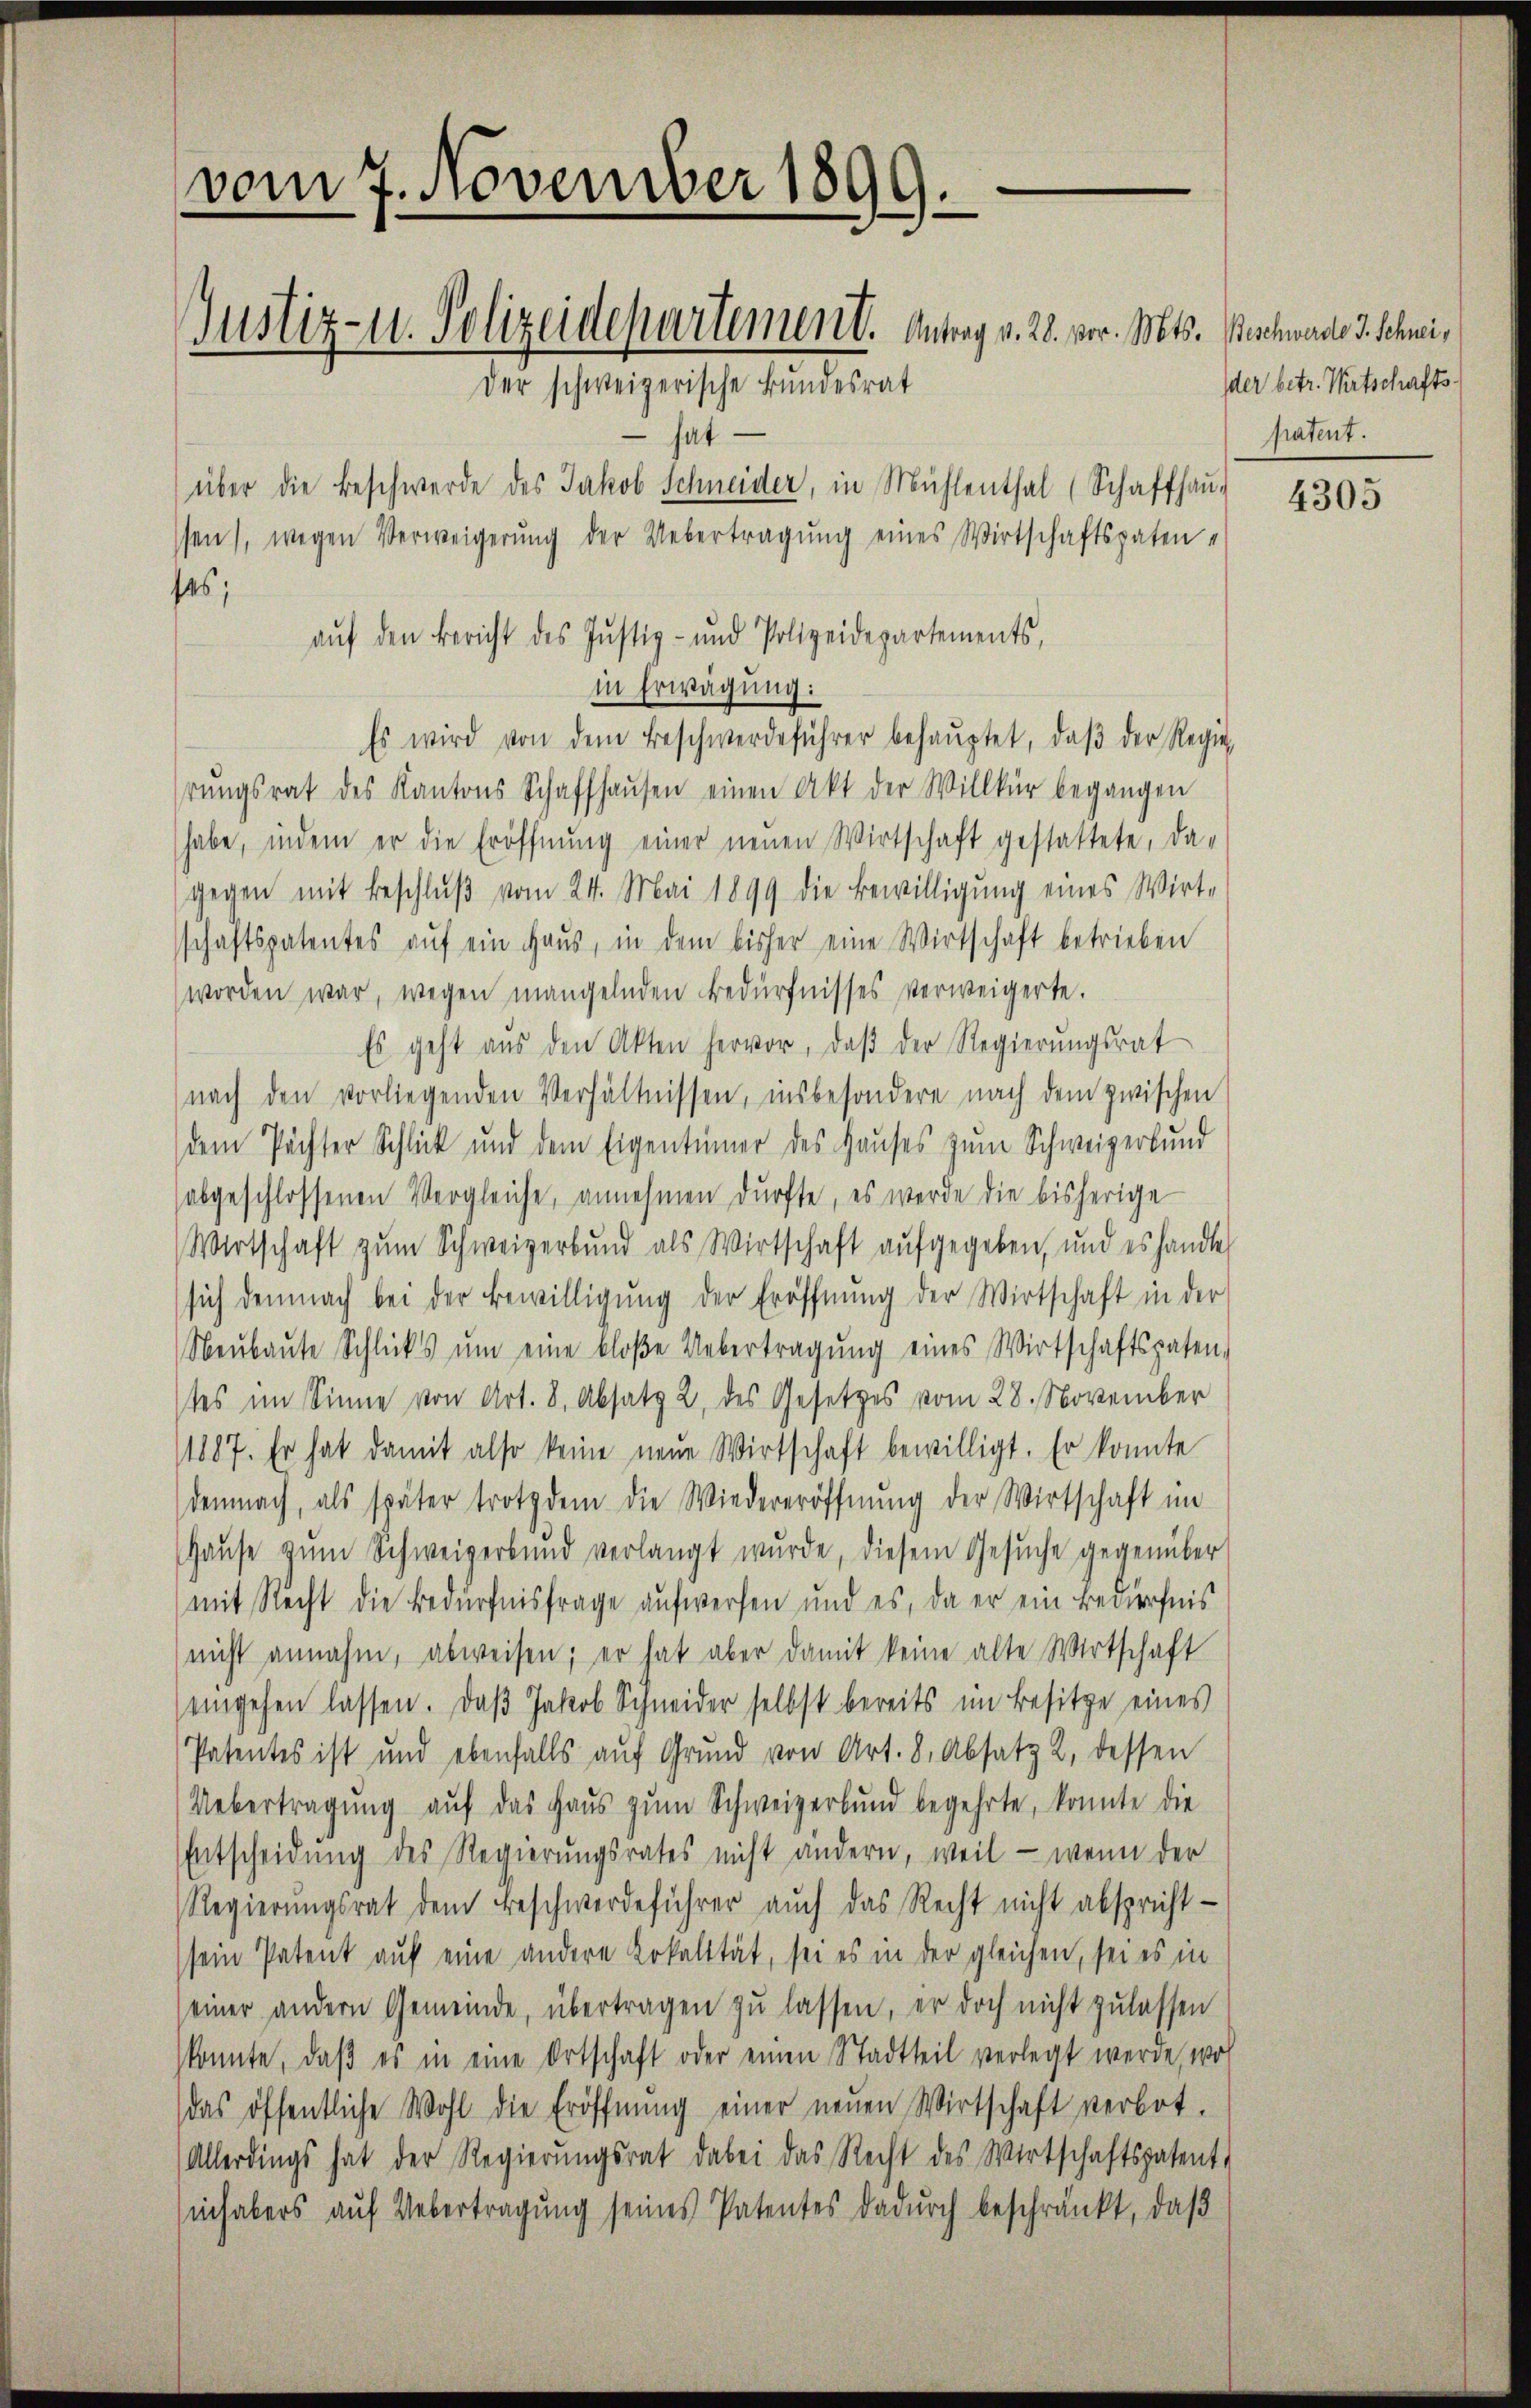
vom 7. November 1899.
Justiz- u. Polizeidepartement. Antrag v. 28. vor. Mts. Beschwade 3. Schnei¬
Der schweizerische Bundesrat

hat
in Erwägung:
Es wird von dem Beschwerdeführer behaŭptet, daβ der Regie
rŭngsrat des Kantons Schaffhaŭsen einen Akt der Willkür begangen
habe, indem er die Eröffnŭng einer neŭen Wirtschaft gestattete, da-
gegen mit Beschluß vom 24. Mai 1899 die Bewilligung eines Wirt-
schaftspatentes auf ein Haus, in dem bisher eine Wirtschaft betrieben
worden war, wegen mangelnden Bedürfnisses verweigerte.
Es geht aŭs den Akten hervor, daβ der Regierŭngsrat
nach den vorliegenden Verhältnissen, insbesondere nach dem zwischen
dem Pächter Schlick und dem Eigentümer des Haŭses zŭm Schweizerbŭnd
abgeschlossenen Vergleiche, annehmen dürfte, es werde die bisherige
Wirtschaft zum Schweizerbund als Wirtschaft aufgegeben, und es handle
sich demnach bei der Bewilligŭng der Eröffnŭng der Wirtschaft in der
Neŭbaŭte Schlicks ŭm eine bloße Uebertragung eines Wirtschaftspaten,
tes im Sinne von Art. 8, Absatz 2 des Gesetzes vom 28. November
11187. Er hat damit also keine neŭe Wirtschaft bewilligt. Er konnte
demnach, als später trotzdem die Wiedereröffnŭng der Wirtschaft im
Haŭse zŭm Schweizerbŭnd verlangt wŭrde, diesem Gesŭche gegenüber
mit Recht die Bedürfnisfrage aufwerfen und es, da er ein Bedürfnis
nicht annahm, abweisen; er hat aber damit keine alte Wirtschaft
eingehen lassen. Daß Jakob Schneider selbst bereits im Besitze eines
Patentes ist und ebenfalls aŭf Grund von Art. 8. Absatz 2 dessen
Uebertragŭng aŭf das Haŭs zŭm Schweizerbŭnd begehrte, konnte die
Entscheidung des Regierungsrates nicht andern, weil - wenn der
Regierungsrat dem Beschwerdeführer auch das Recht nicht abspricht-
sein Patent auf eine andere Lokalität, sei es in der gleichen, sei es in
einer andern Gemeinde, übertragen zu lassen, er doch nicht zulassen
konnte, daß es in eine Ortschaft oder einen Stadtteil verlegt werde, woh
das öffentliche Wohl die Eröffnŭng einer neŭen Wirtschaft verbot.
Allerdings hat der Regierungsrat dabei das Recht des Wirtschaftspatent
inhabers auf Uebertragung seines Patentes dadurch beschränkt, daß

über die Beschwerde des Jakob Schneider, in Mühlenthal (Schaffhaŭ-
sen), wegen Verweigerŭng der Uebertragŭng eines Wirtschaftspaten
ses;
aŭf den Bericht des Jŭstiz- und Polizeidepartements,

Ider betr. Wirtschaftshatent.

4305